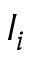
I _ { i }